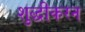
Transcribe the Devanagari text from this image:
शुद्धीकरन